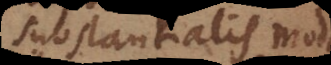
substantialis modo